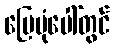
မြေပုံပေါ်တွင်